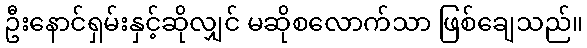
ဦးနောင်ရှမ်းနှင့်ဆိုလျှင် မဆိုစလောက်သာ ဖြစ်ချေသည်။